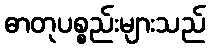
ဓာတုပစ္စည်းများသည်